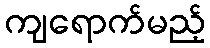
ကျရောက်မည့်